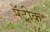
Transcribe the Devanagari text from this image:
पॅट्रीक